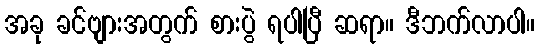
အခု ခင်ဗျားအတွက် စားပွဲ ရပါပြီ ဆရာ။ ဒီဘက်လာပါ။